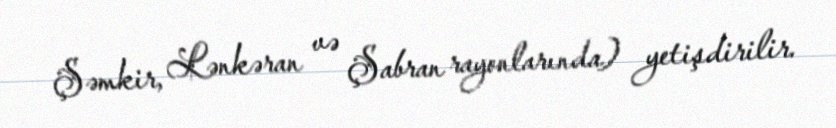
Şəmkir, Lənkəran və Şabran rayonlarında) yetişdirilir.